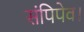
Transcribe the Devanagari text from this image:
संपिपेव।